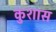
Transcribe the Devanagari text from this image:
कुशास